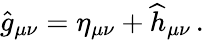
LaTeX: \widehat g_{\mu\nu}=\eta_{\mu\nu}+\widehat h_{\mu\nu}\, .